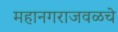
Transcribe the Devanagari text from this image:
महानगराजवळचे